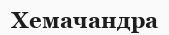
Хемачандра